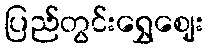
ပြည်တွင်းရွှေဈေး